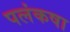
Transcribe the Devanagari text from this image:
पलंकषा